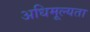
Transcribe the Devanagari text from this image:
अधिमूल्यता